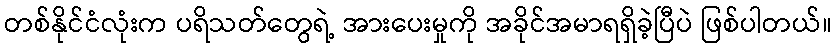
တစ်နိုင်ငံလုံးက ပရိသတ်တွေရဲ့ အားပေးမှုကို အခိုင်အမာရရှိခဲ့ပြီပဲ ဖြစ်ပါတယ်။